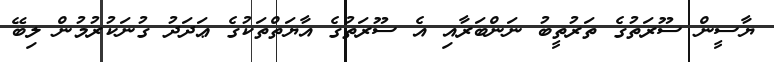
ޔާސީން ސޫރަތުގެ ތަރުތީބު ނަންބަރާއި އެ ސޫރަތުގެ އާޔަތްތަކުގެ ޢަދަދު ގުނަކުރުމުން ލިބޭ